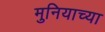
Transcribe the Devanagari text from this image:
मुनियाच्या